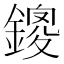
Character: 鎫